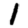
Digit: 1